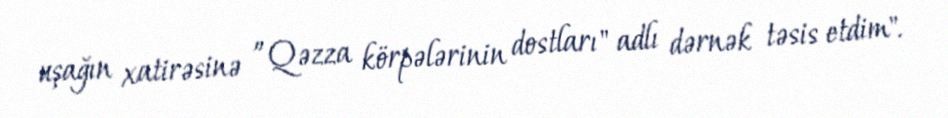
uşağın xatirəsinə ”Qəzza körpələrinin dostları" adlı dərnək təsis etdim".